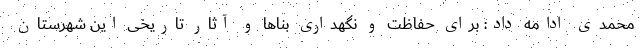
محمدی ادامه داد: برای حفاظت و نگهداری بناها و آثار تاریخی این شهرستان